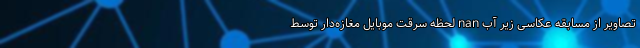
تصاویر از مسابقه عکاسی زیر آب nan لحظه سرقت موبایل مغازه‌دار توسط